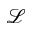
\mathcal { L }